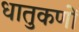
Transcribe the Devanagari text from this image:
धातुकणों